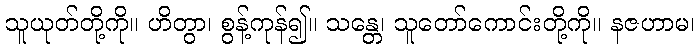
သူယုတ်တို့ကို။ ဟိတွာ၊ စွန့်ကုန်၍။ သန္တေ၊ သူတော်ကောင်းတို့ကို။ နဇဟာမ၊